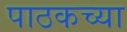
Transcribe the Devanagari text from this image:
पाठकच्या